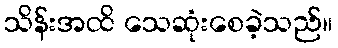
သိန်းအထိ သေဆုံးစေခဲ့သည်။